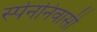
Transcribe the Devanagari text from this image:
स्पेननिवासी